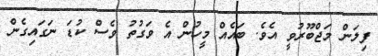
ފިލަން މަޖްބޫރުވީ އެވެ. ބައެއް މީހުން އެ ވަގުތު ވެސް ކުޑަ ނަގައިގެން